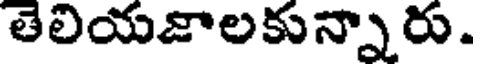
తెలియజాలకున్నారు.